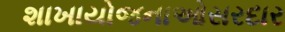
શાખાયોજનાઓસરદાર